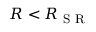
R < R _ { \textrm { S R } }